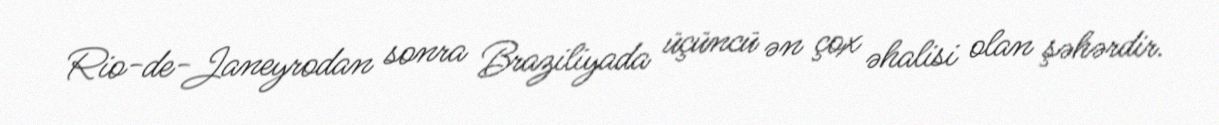
Rio-de-Janeyrodan sonra Braziliyada üçüncü ən çox əhalisi olan şəhərdir.